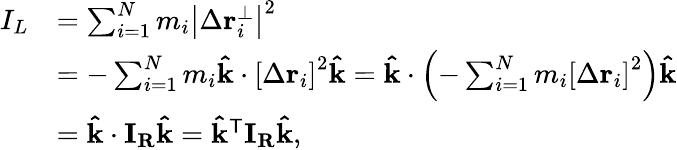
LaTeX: {\begin{array}{rl}{I_{L}}&{=\sum_{i=1}^{N}m_{i}\left|\Delta\mathbf{r}_{i}^{\perp}\right|^{2}}\\ &{=-\sum_{i=1}^{N}m_{i}\mathbf{\hat{k}}\cdot\left[\Delta\mathbf{r}_{i}\right]^{2}\mathbf{\hat{k}}=\mathbf{\hat{k}}\cdot\left(-\sum_{i=1}^{N}m_{i}\left[\Delta\mathbf{r}_{i}\right]^{2}\right)\mathbf{\hat{k}}}\\ &{=\mathbf{\hat{k}}\cdot\mathbf{I}_{\mathbf{R}}\mathbf{\hat{k}}=\mathbf{\hat{k}}^{\mathsf{T}}\mathbf{I}_{\mathbf{R}}\mathbf{\hat{k}},}\end{array}}